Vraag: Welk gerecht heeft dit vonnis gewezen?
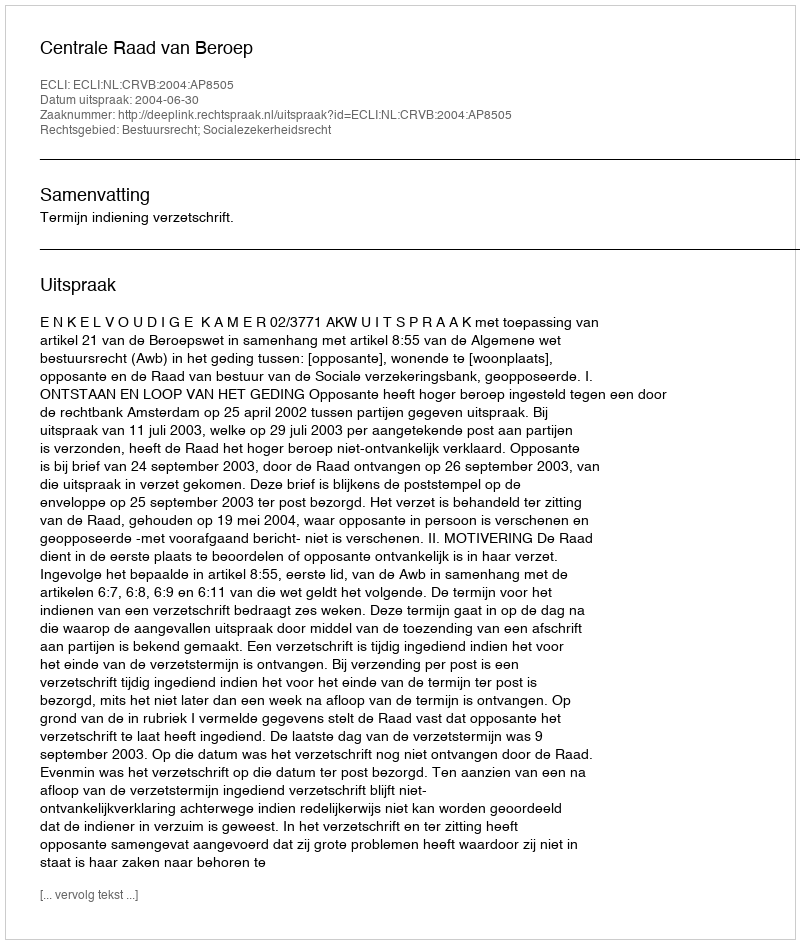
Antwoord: Centrale Raad van Beroep